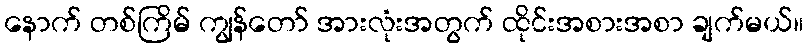
နောက် တစ်ကြိမ် ကျွန်တော် အားလုံးအတွက် ထိုင်းအစားအစာ ချက်မယ်။